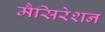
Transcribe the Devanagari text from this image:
मैसिरेशन